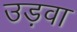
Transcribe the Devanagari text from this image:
उड़वा